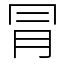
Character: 冐